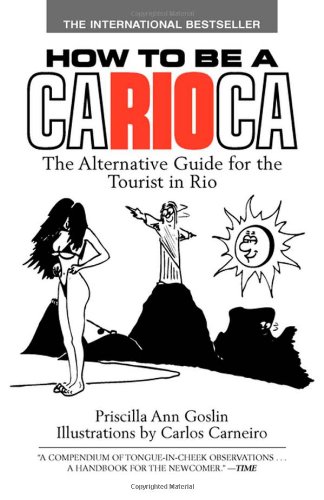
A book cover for How to Be a Carioca: The Alternative Guide for the Tourist in Rio; Priscilla Goslin; Travel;